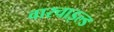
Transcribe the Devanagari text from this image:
वारचाइल्ड